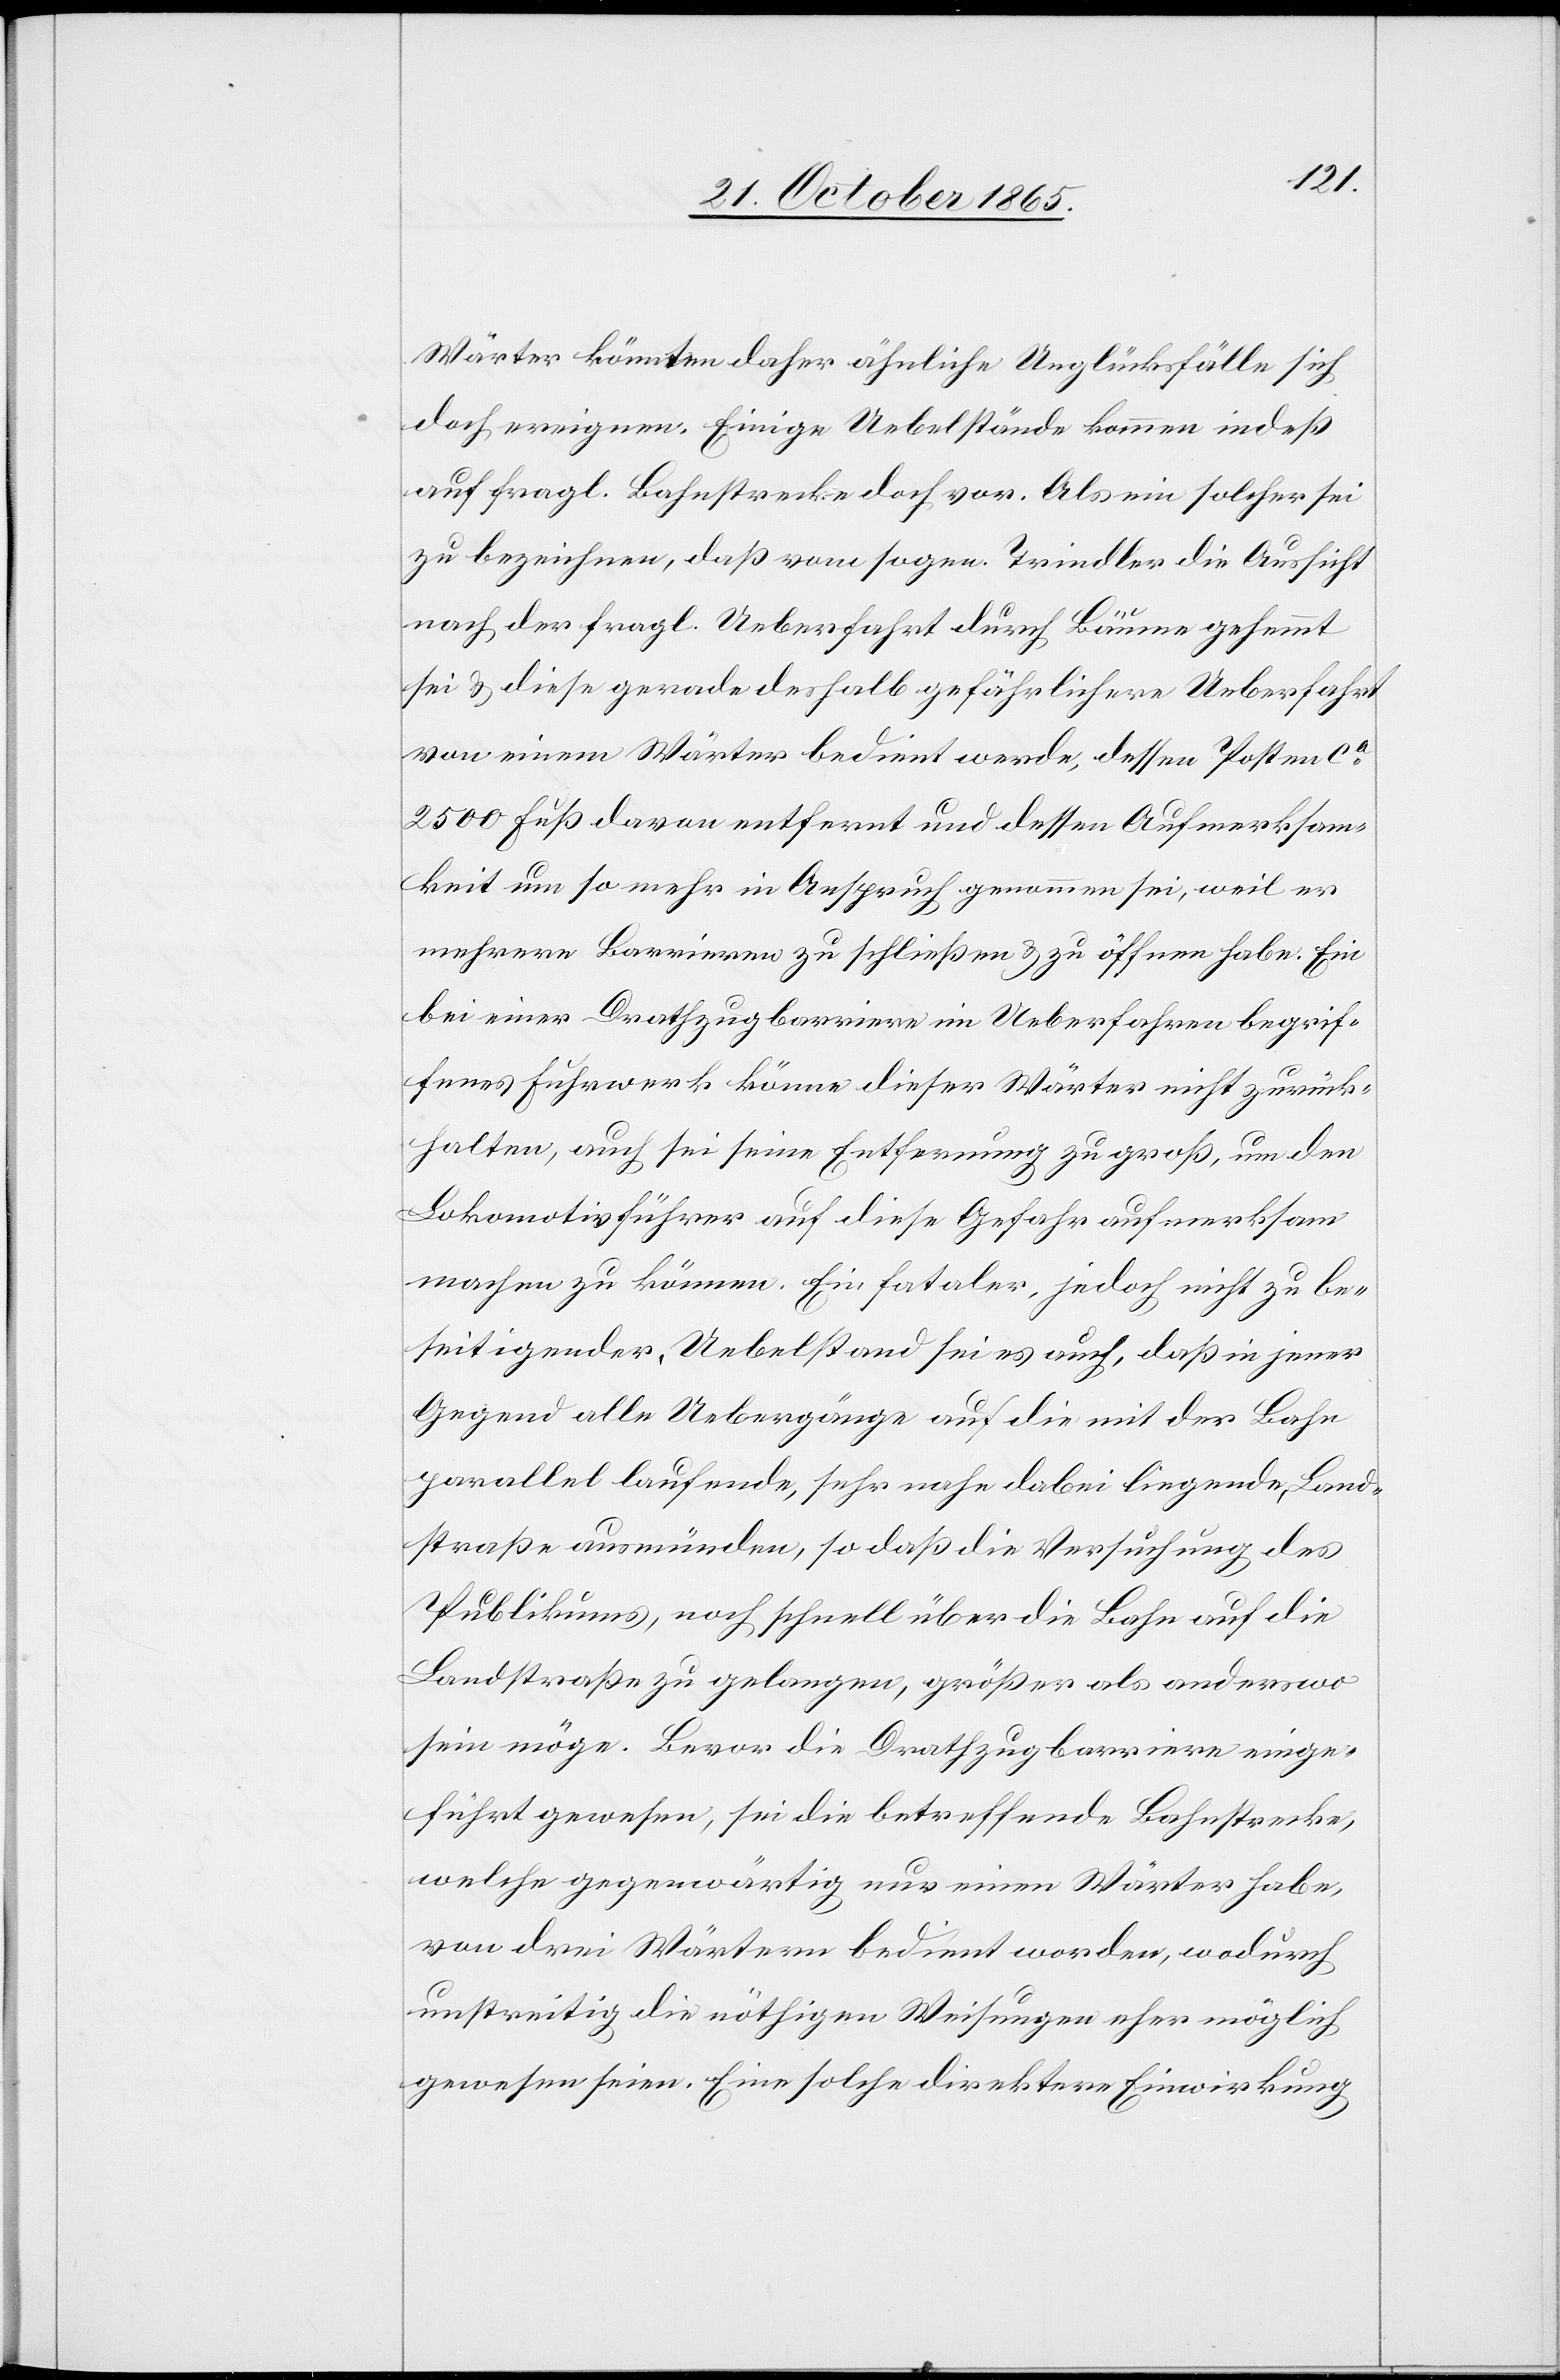
Wärter könnten daher ähnliche Unglücksfälle sich
doch ereignen. Einige Uebelstände kommen indeß
auf fragl. Bahnstrecke doch vor. Als ein solcher sei
zu bezeichnen, daß vom sogen. Trindler die Aussicht
nach der fragl. Ueberfahrt durch Bäume gehemmt
sei & diese gerade deshalb gefährlichere Ueberfahrt
von einem Wärter bedient werde, dessen Posten ca
2500 Fuß davon entfernt und dessen Aufmerksam¬
keit um so mehr in Anspruch genommen sei, weil er
mehrere Barrieren zu schließen & zu öffnen habe. Ein
bei einer Drahtzugbarriere im Ueberfahren begrif¬
fenes Fuhrwerk könne dieser Wärter nicht zurück¬
halten, auch sei seine Entfernung zu groß, um den
Lokomotivführer auf diese Gefahr aufmerksam
machen zu können. Ein fataler, jedoch nicht zu be¬
seitigender, Uebelstand sei es auch, daß in jener
Gegend alle Uebergänge auf die mit der Bahn
parallel laufende, sehr nahe dabei liegende, Land¬
straße ausmünden, so daß die Versuchung des
Publikums, noch schnell über die Bahn auf die
Landstraße zu gelangen, größer als anderswo
sein möge. Bevor die Drahtzugbarriere einge¬
führt gewesen, sei die betreffende Bahnstrecke,
welche gegenwärtig nur einen Wärter habe,
von drei Wärtern bedient worden, wodurch
unstreitig die nöthigen Weisungen eher möglich
gewesen seien. Eine solche direktere Einwirkung